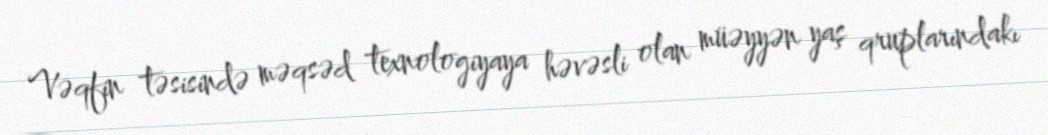
Vəqfin təsisində məqsəd texnologiyaya həvəsli olan müəyyən yaş qruplarındakı